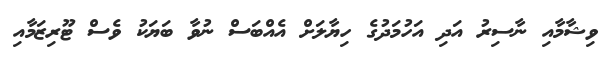
ވިޝާމާއި ނާސިރު އަދި އަހުމަދުގެ ހިޔާލަށް އެއްބަސް ނުވާ ބަޔަކު ވެސް ޓޫރިޒަމާއި